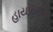
હાયપરનોવા